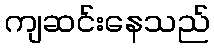
ကျဆင်းနေသည်